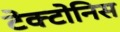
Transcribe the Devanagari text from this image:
टेक्टोनिस